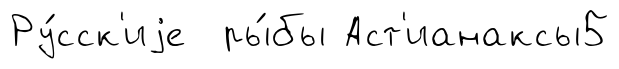
Ру́сск'иjе ры́бы Аст'ианаксы5